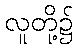
လူတို့၌